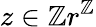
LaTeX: z\in\mathbb{Z}r^{\mathbb{Z}}